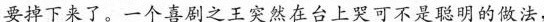
要掉下来了。一个喜剧之王突然在台上哭可不是聪明的做法。